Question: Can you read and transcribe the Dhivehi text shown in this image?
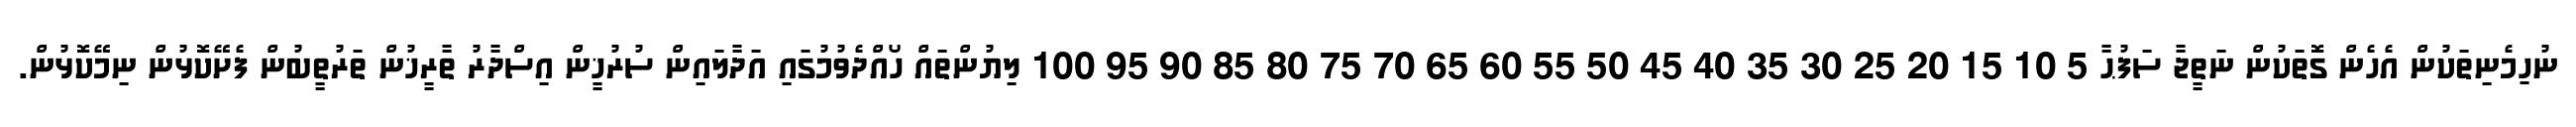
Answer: ނުހިމެނިތަކުން އެހެން ގޮތަކުން ނަތީޖާ ސަފުޙާ 5 10 15 20 25 30 35 40 45 50 55 60 65 70 75 80 85 90 95 100 ލިޔުންތައް ހޯއްދެވުމުގައި އަދާލައިން ސުރުޚީން އިސްދާރު ތާރީޚުން ތަރުތީބުން ފެށޭކޮޅުން ނިމޭކޮޅުން.